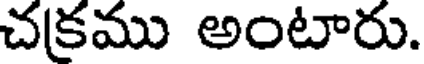
చక్రము అంటారు.